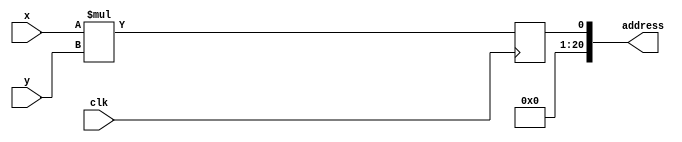
`timescale 1ns / 1ps
//////////////////////////////////////////////////////////////////////////////////
// Company: 
// Engineer: 
// 
// Design Name: 
// Module Name:    address_generator 
// Project Name: 
// Target Devices: 
// Tool versions: 
// Description: 
//
// Dependencies: 
//
// Revision: 
// Revision 0.01 - File Created
// Additional Comments: 
//
//////////////////////////////////////////////////////////////////////////////////
module address_generator(
	 input clk,
    input [10:0] x,
    input [9:0] y,
    output [20:0] address
    );
	 reg addr;
	 
	always@(posedge clk) begin
		addr = x*y;
	end
	
	assign address = addr;
	
endmodule